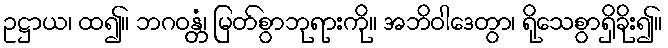
ဥဋ္ဌာယ၊ ထ၍။ ဘဂဝန္တံ၊ မြတ်စွာဘုရားကို။ အဘိဝါဒေတွာ၊ ရိုသေစွာရှိခိုး၍။